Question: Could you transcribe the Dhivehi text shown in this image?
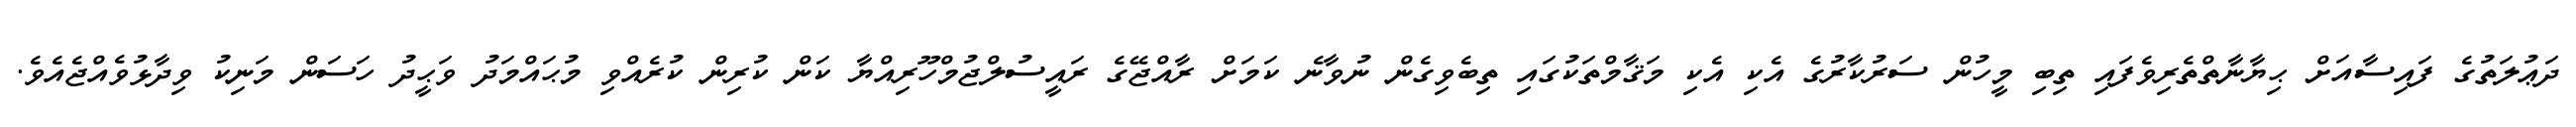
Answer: ދަޢުލަތުގެ ފައިސާއަށް ޙިޔާނާތްތެރިވެފައި ތިބި މީހުން ސަރުކާރުގެ އެކި އެކި މަޤާމްތަކުގައި ތިބެވިގެން ނުވާނެ ކަމަށް ރާއްޖޭގެ ރައީސުލްޖުމްހޫރިއްޔާ ކަން ކުރިން ކުރެއްވި މުޙައްމަދު ވަޙީދު ހަސަން މަނިކު ވިދާޅުވެއްޖެއެވެ.